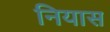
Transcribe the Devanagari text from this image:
नियास